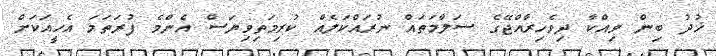
ޚުދު ބިން ވިއްކާ ދިވެހިރާއްޖޭގެ ސަލާމަތައް ނުރައްކަލެއް ކުރިމަތިވިޔަސް އެންމެ ފުރަތަމަ އެހީއަކަށް